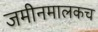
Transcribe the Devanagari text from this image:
जमीनमालकच